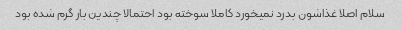
سلام اصلا غذاشون بدرد نمیخورد کاملا سوخته بود احتمالا چندین بار گرم شده بود